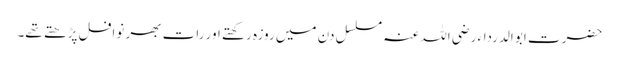
حضرت ابو الدرداء رضی اللہ عنہ مسلسل دن میں روزہ رکھتے اور رات بھر نوافل پڑھتے تھے۔